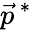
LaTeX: {\vec{p}}^{\, *}